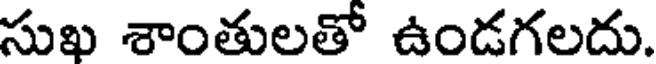
సుఖ శాంతులతో ఉండగలదు.